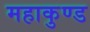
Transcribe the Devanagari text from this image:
महाकुण्ड